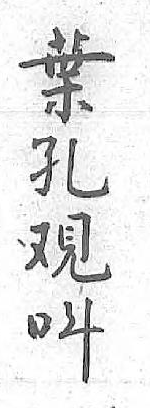
葉呌孔 覌